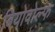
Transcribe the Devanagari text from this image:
बियोवोल्फ